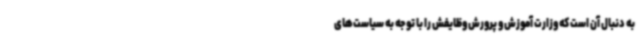
به دنبال آن است که وزارت آموزش و پرورش وظایفش را با توجه به سیاست‌های